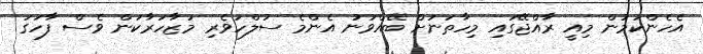
އެހެންކަމުން މިއީ ރާއްޖޭގައި މިހާތަނަށް ބޭއްވުނު އެންމެ ސުލްހަވެރި މުޒާހަރާކަން ވެސް ފާހަގަ